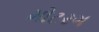
મોટરગ